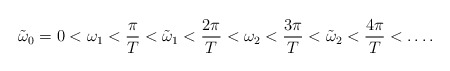
\begin{align*} \tilde{\omega}_0=0<\omega_1<\frac{\pi}{T}<\tilde{\omega}_1<\frac{2\pi}{T}<\omega_2<\frac{3\pi}{T}<\tilde{\omega}_2<\frac{4\pi}{T}<\dots.\end{align*}